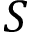
{ \cal S }